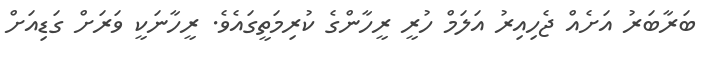
ބަރާބަރު އަށެއް ޖެހިއިރު އަލަމް ހުރީ ރީހާންގެ ކުރިމަތީގައެވެ. ރީހާނަކީ ވަރަށް ގަޑިއަށް